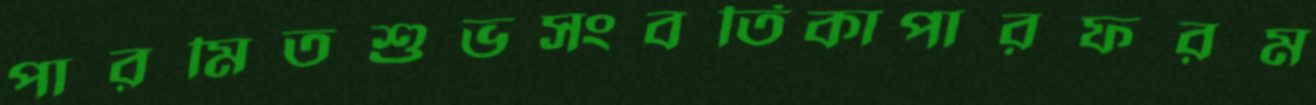
পারমিতশুভসংবর্তিকাপারফরম